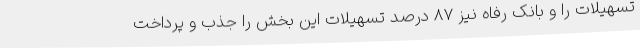
تسهیلات را و بانک رفاه نیز 87 درصد تسهیلات این بخش را جذب و پرداخت